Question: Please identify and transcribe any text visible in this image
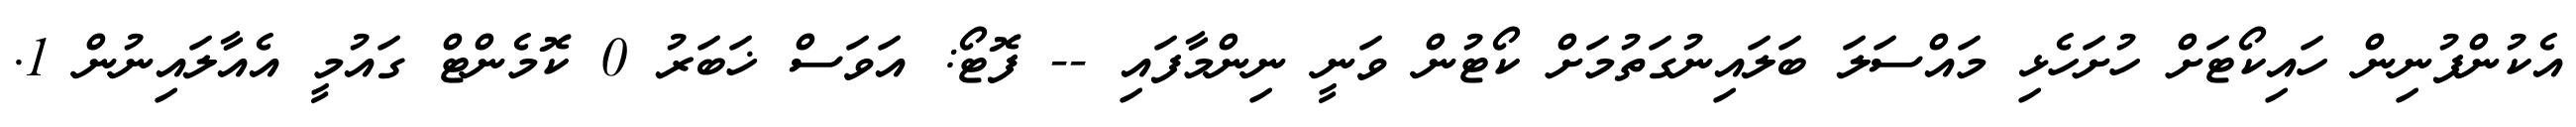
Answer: އެކުންފުނިން ހައިކޯޓަށް ހުށަހެޅި މައްސަލަ ބަލައިނުގަތުމަށް ކޯޓުން ވަނީ ނިންމާފައި -- ފޮޓޯ: އަވަސް ޚަބަރު 0 ކޮމެންޓް ގައުމީ އެއާލައިނުން 1.